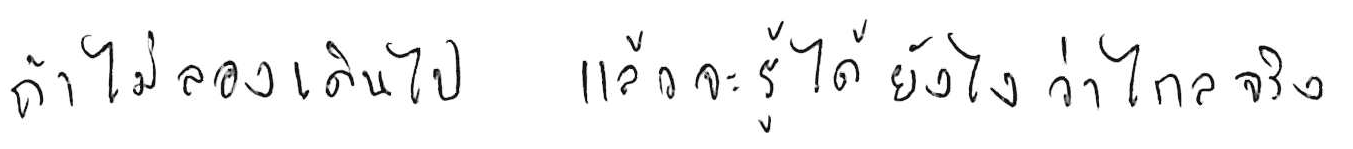
ถ้าไม่ลองเดินไป แล้วจะรู้ได้ยังไงว่าไกลจริง